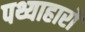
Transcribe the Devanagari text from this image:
पथ्याहारों